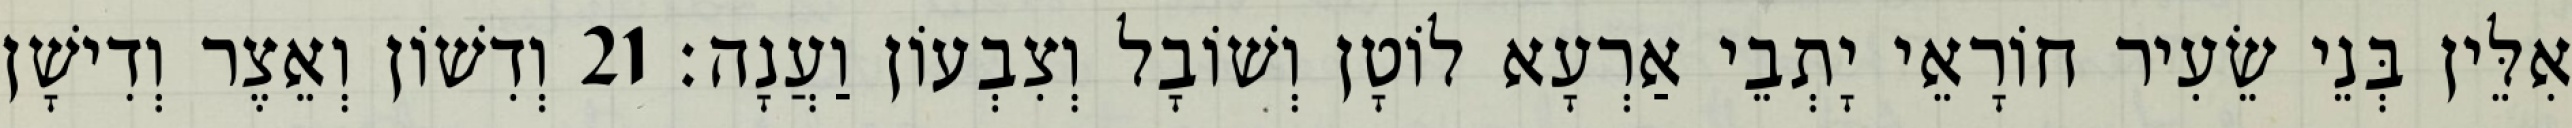
אִלֵּין בְּנֵי שֵׂעִיר חוֹרָאֵי יָתְבֵי אַרְעָא לוֹטָן וְשׁוֹבָל וְצִבְעוֹן וַעֲנָה׃ 21 וְדִשׁוֹן וְאֵצֶר וְדִישָׁן